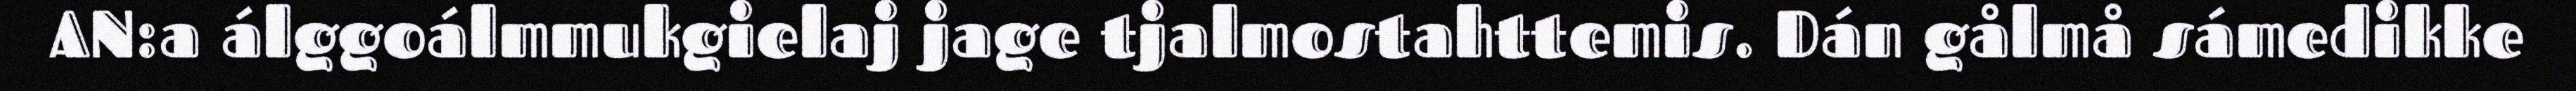
AN:a álggoálmmukgielaj jage tjalmostahttemis. Dán gålmå sámedikke